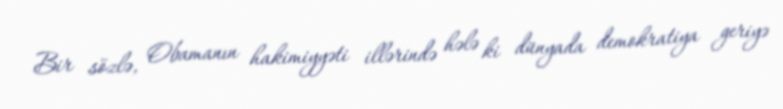
Bir sözlə, Obamanın hakimiyyəti illərində hələ ki dünyada demokratiya geriyə